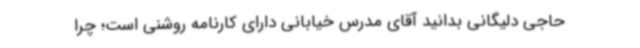
حاجی دلیگانی بدانید آقای مدرس خیابانی دارای کارنامه روشنی است؛ چرا